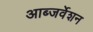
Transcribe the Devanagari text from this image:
आब्जर्वेशन